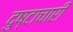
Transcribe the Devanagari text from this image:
दुष्टाचारी